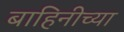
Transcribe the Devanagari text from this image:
बाहिनीच्या